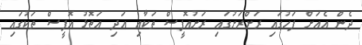
ދެން އެއަށް ފަހުގައި ރަށްރަށުގައި ރަށުއޮފީސް ތަކާއި އަދި އަތޮޅު އޮފީސް ތަކުގައި